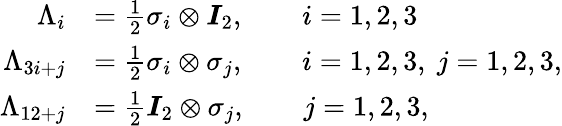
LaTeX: \begin{array}{rl}{\Lambda_{i}}&{=\frac{1}{2}\sigma_{i}\otimes\boldsymbol{I}_{2},\qquad i=1,2,3}\\ {\Lambda_{3i+j}}&{=\frac{1}{2}\sigma_{i}\otimes\sigma_{j},\qquad i=1,2,3,\ j=1,2,3,}\\ {\Lambda_{12+j}}&{=\frac{1}{2}\boldsymbol{I}_{2}\otimes\sigma_{j},\qquad j=1,2,3,}\end{array}